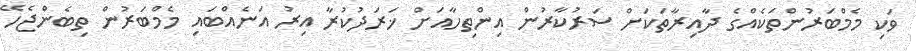
ވަކި މެމްބަރުންތަކެއްގެ ދާއިރާތަކަށް ސަރުކާރުން އިންތިހާއަށް ޚަރަދުކުރާ އިރު އަނެއްބައި މެމްބަރުން ތިބެންޖެހޭ